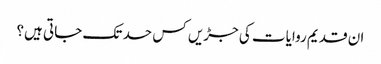
ان قدیم روایات کی جڑیں کس حد تک جاتی ہیں؟